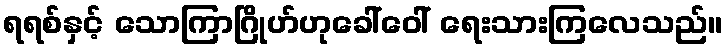
ရရစ်နှင့် သောကြာဂြိုဟ်ဟုခေါ်ဝေါ် ရေးသားကြလေသည်။